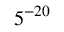
5 ^ { - 2 0 }